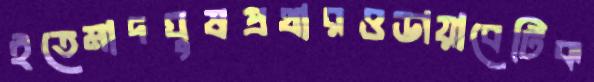
ইতেমাদঘুষপ্রথারওডায়াবেটিক